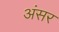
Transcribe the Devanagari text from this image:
अंसर